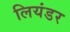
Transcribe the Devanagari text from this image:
लियंडर